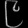
Digit: ၉